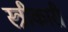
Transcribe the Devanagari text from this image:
स्त्रीकारी